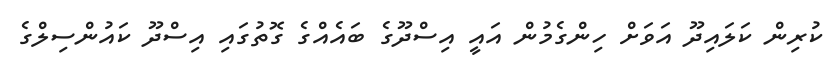
ކުރިން ކަލައިދޫ އަވަށް ހިންގެމުން އައީ އިސްދޫގެ ބައެއްގެ ގޮތުގައި އިސްދޫ ކައުންސިލްގެ